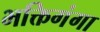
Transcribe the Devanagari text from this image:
भक्तिगंगा